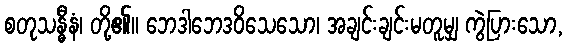
စတုသန္ဓီနံ၊ တို့၏။ ဘေဒါဘေဒဝိသေသော၊ အချင်းချင်းမတူမျှ ကွဲပြားသော,